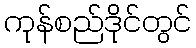
ကုန်စည်ဒိုင်တွင်